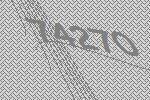
74270